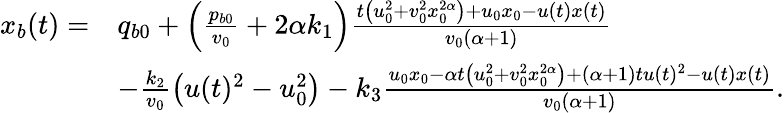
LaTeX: \begin{array}{rl}{x_{b}(t)=}&{q_{b0}+\left(\frac{p_{b0}}{v_{0}}+2\alpha k_{1}\right)\frac{t\left(u_{0}^{2}+v_{0}^{2}x_{0}^{2\alpha}\right)+u_{0}x_{0}-u(t)x(t)}{v_{0}(\alpha+1)}}\\ &{-\frac{k_{2}}{v_{0}}\left(u(t)^{2}-u_{0}^{2}\right)-k_{3}\frac{u_{0}x_{0}-\alpha t\left(u_{0}^{2}+v_{0}^{2}x_{0}^{2\alpha}\right)+(\alpha+1)tu(t)^{2}-u(t)x(t)}{v_{0}(\alpha+1)}.}\end{array}